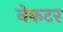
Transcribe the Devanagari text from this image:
नेकटर